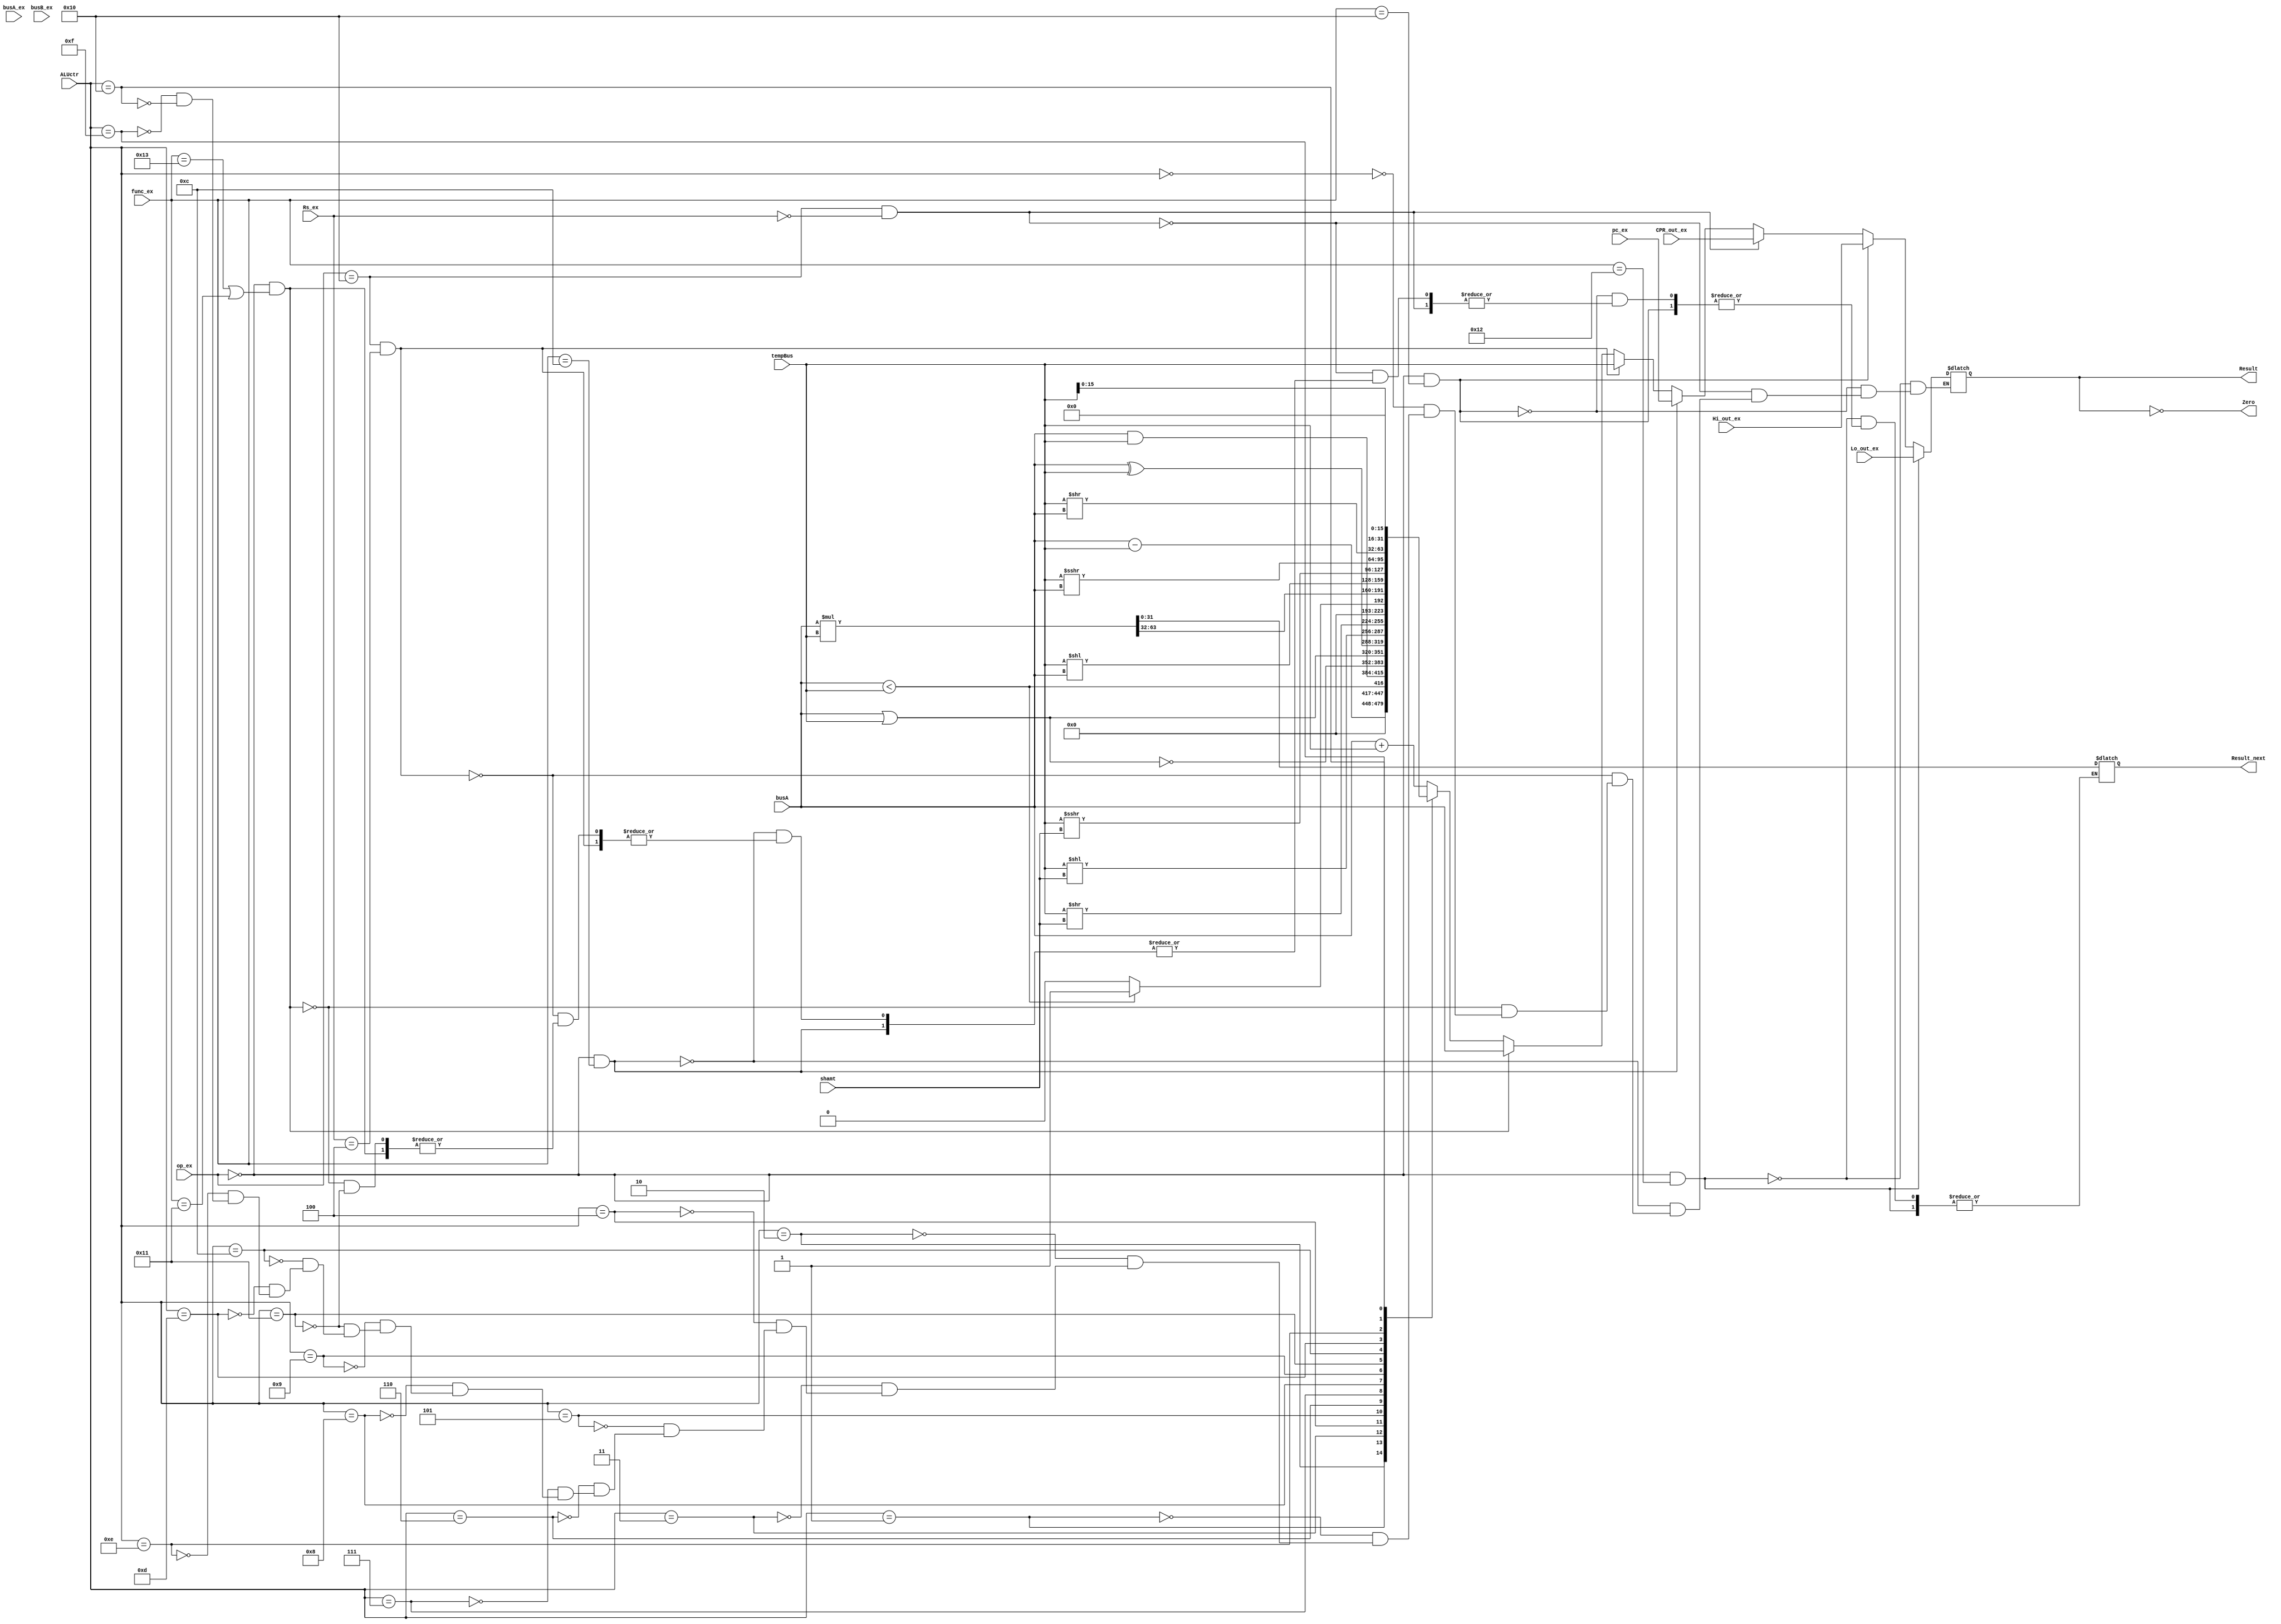
module  ALU_P(op_ex,func_ex,Rs_ex,pc_ex,busA_ex,busB_ex,Lo_out_ex,Hi_out_ex,CPR_out_ex,ALUctr,busA,tempBus,shamt,Result,Zero,Result_next   //
);
// input [31:0] Ex_inst;
input [5:0] op_ex,func_ex;
input [4:0] Rs_ex;
input [31:0] busA_ex;
input [31:0] busB_ex;
input [31:0] Lo_out_ex;
input [31:0] Hi_out_ex;
input [31:0] CPR_out_ex;
input [31:0] pc_ex;


input[4:0] ALUctr;   
input [31:0] busA,tempBus;
input [4:0] shamt;
output reg[31:0] Result;
output Zero;
output reg [31:0] Result_next;

assign Zero=(Result==0);

wire   [63:0] Alto;
assign  Alto=($signed(busA))*($signed(tempBus));      //MULT ->HI,LO



always @(*)
begin
        if (op_ex==6'b000000 &&func_ex==6'b010010)  //Lo->GPR
         begin
                Result<=Lo_out_ex;
        end
        else if (op_ex==6'b000000 &&func_ex==6'b010000)   //Hi->GPR
        begin
                Result<=Hi_out_ex;
        end
        else  if (op_ex==6'b010000 && Rs_ex==5'b00000 )    //CPR->GPR
        begin
                Result<=CPR_out_ex;
        end 
        else if(op_ex==6'b000000 &&func_ex==6'b001100)    // SYSACLL pc->CPR
         begin
                 Result<=pc_ex;
         end 
         else if(op_ex==6'b010000 && Rs_ex==5'b00100 )  //  MTCO GPR->CPR
         begin
             Result<=tempBus;     
         end  
         else if(op_ex==6'b000000 && (func_ex==6'b010011 |func_ex==6'b010001))   //GPR->Lo,GPR->Hi
         begin
                 Result<=busA;
         end
 
        else
        begin
        case(ALUctr)
         //R Type
   5'b00000 : Result <= busA + tempBus; // addu 
   5'b00001 : Result <= busA - tempBus; // subu
   5'b00010 : Result <= busA < tempBus;// slt
   5'b00011 : Result <= busA & tempBus; // and
   5'b00100 : Result <= ~(busA | tempBus); // nor
   5'b00101 : Result <= busA | tempBus; // or
   5'b00110 : Result <= busA ^ tempBus; // xor 
   5'b00111 : Result <= tempBus << shamt; //sll 
   5'b01000 : Result <= tempBus >> shamt;// srl 
   5'b01001 : Result <= (busA <tempBus)?1:0; // sltu return 0 
   5'b10001 :begin
       
      Result<=Alto[63:32];   //Hi_out
      Result_next<=Alto[31:0];//Lo_out

   end 
   //5'b01010 : ; jalr:there's no pc
   //5'b01011 : ; jr:there's no pc
   5'b01100 : Result <= tempBus << busA;  //sllv 
   5'b01101 : Result <= ($signed(tempBus)) >>> shamt; //sra 
   5'b01110 : Result <=($signed(tempBus)) >>> busA; //srav
   5'b01111 : Result <= tempBus >> busA;  //srlv
   5'b10000 : Result <= (tempBus << 5'b10000); //lui
        
        endcase
        end
end



endmodule